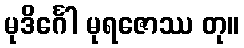
မုဒိင်္ဂေါ မုရဇောဿ တု။